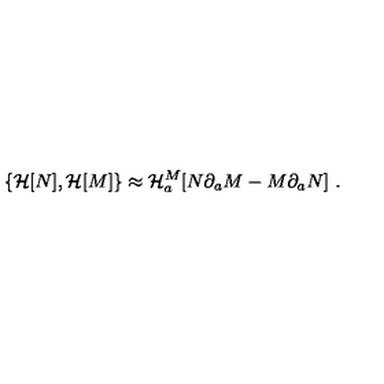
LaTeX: \{ { \cal H } [ N ] , { \cal H } [ M ] \} \approx { \cal H } _ { a } ^ { M } [ N \partial _ { a } M - M \partial _ { a } N ] \ .